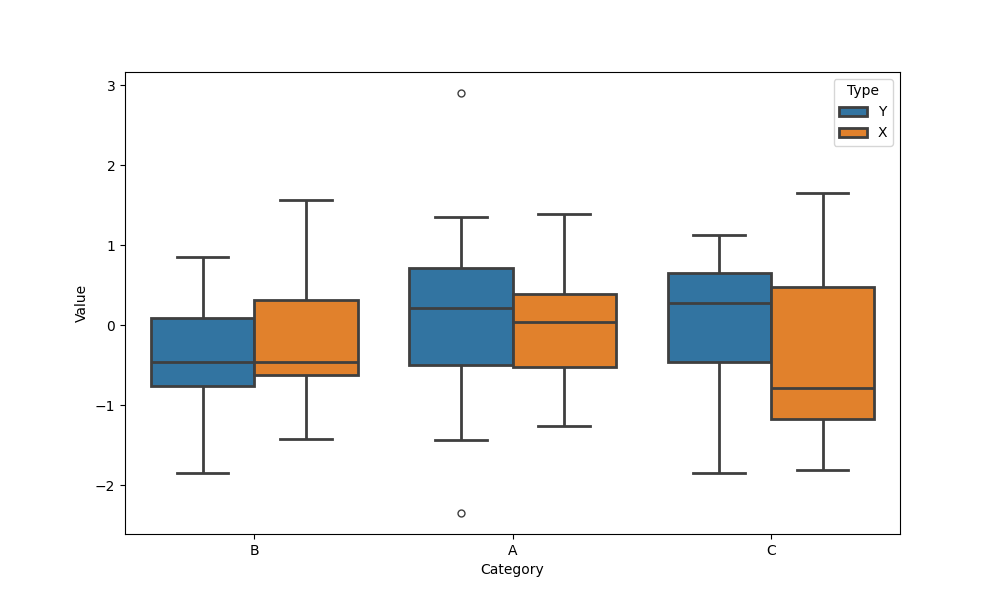
python, seaborn, boxplot, width=0.8, linewidth=2, fliersize=5, notch=False